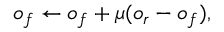
o _ { f } \leftarrow o _ { f } + \mu ( o _ { r } - o _ { f } ) ,